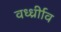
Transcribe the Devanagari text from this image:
वर्ध्ध्रीाव